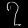
Digit: ၇